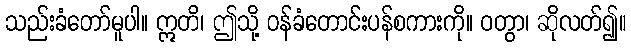
သည်းခံတော်မူပါ။ ဣတိ၊ ဤသို့ ဝန်ခံတောင်းပန်စကားကို။ ဝတွာ၊ ဆိုလတ်၍။